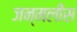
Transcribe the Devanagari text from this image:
जन्मलीस